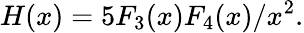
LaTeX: H(x)=5F_{3}(x)F_{4}(x)/x^{2}.